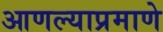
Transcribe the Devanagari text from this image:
आणल्याप्रमाणे